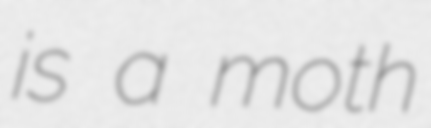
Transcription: is a moth